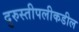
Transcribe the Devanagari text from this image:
दुरुस्तीपलीकडील